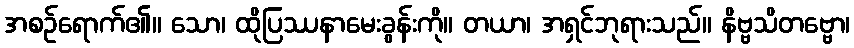
အစဉ်ရောက်၏။ သော၊ ထိုပြဿနာမေးခွန်းကို။ တယာ၊ အရှင်ဘုရားသည်။ နိဗ္ဗသိတဗ္ဗော၊